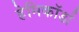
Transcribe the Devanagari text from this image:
हेमिकॉर्डा